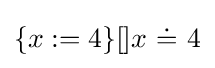
\{x:=4\}[]x\ {\dot {=}}\ 4